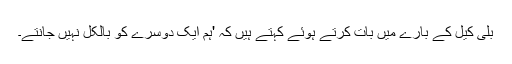
بلی کیل کے بارے میں بات کرتے ہوئے کہتے ہیں کہ 'ہم ایک دوسرے کو بالکل نہیں جانتے۔